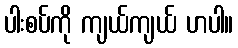
ပါးစပ်ကို ကျယ်ကျယ် ဟပါ။